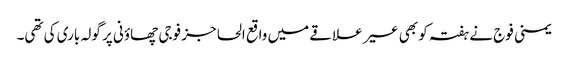
یمنی فوج نے ہفتہ کو بھی عسیر علاقے میں واقع الحاجز فوجی چھاؤنی پر گولہ باری کی تھی۔